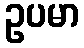
ဥပမာ